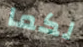
لكما